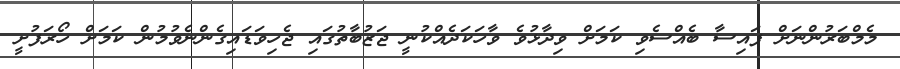
މެމްބަރުންނަށް ފައިސާ ބެއްސެވި ކަމަށް ވިދާޅުވެ ވާހަކަދެއްކުނީ ޖަޒުބާތުގައި ޖެހިވަޑައިގެންނެވުމުން ކަމަށް ހޯރަފުށީ